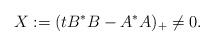
LaTeX: \begin{align*}X:=(tB^*B-A^*A)_+\ne0.\end{align*}